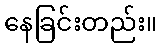
နေခြင်းတည်း။